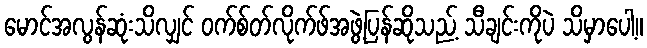
မောင်အလွန်ဆုံးသိလျှင် ဝက်စ်တ်လိုက်ဖ်အဖွဲ့ပြန်ဆိုသည့် သီချင်းကိုပဲ သိမှာပေါ့။